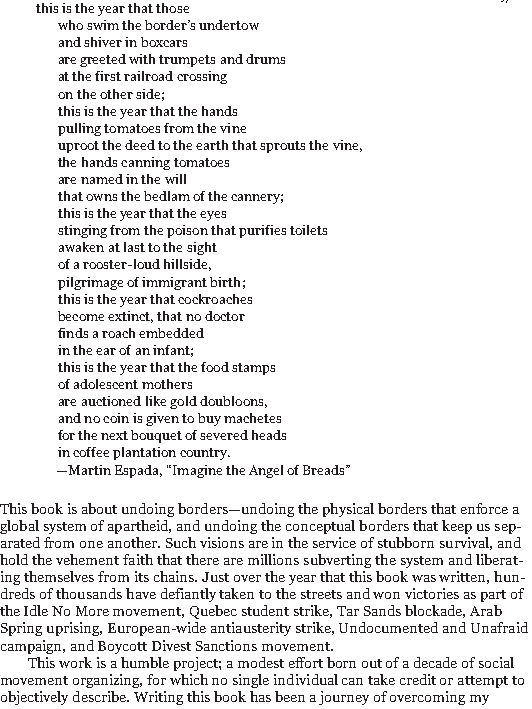
9/186
 this is the year that those
 who swim the border’s undertow
 and shiver in boxcars
 are greeted with trumpets and drums
 at the first railroad crossing
 on the other side;
 this is the year that the hands
 pulling tomatoes from the vine
 uproot the deed to the earth that sprouts the vine,
 the hands canning tomatoes
 are named in the will
 that owns the bedlam of the cannery;
 this is the year that the eyes
 stinging from the poison that purifies toilets
 awaken at last to the sight
 of a rooster-loud hillside,
 pilgrimage of immigrant birth;
 this is the year that cockroaches
 become extinct, that no doctor
 finds a roach embedded
 in the ear of an infant;
 this is the year that the food stamps
 of adolescent mothers
 are auctioned like gold doubloons,
 and no coin is given to buy machetes
 for the next bouquet of severed heads
 in coffee plantation country.
 —Martin Espada, “Imagine the Angel of Breads”
 This book is about undoing borders—undoing the physical borders that enforce a
 global system of apartheid, and undoing the conceptual borders that keep us sep-
 arated from one another. Such visions are in the service of stubborn survival, and
 hold the vehement faith that there are millions subverting the system and liberat-
 ing themselves from its chains. Just over the year that this book was written, hun-
 dreds of thousands have defiantly taken to the streets and won victories as part of
 the Idle No More movement, Quebec student strike, Tar Sands blockade, Arab
 Spring uprising, European-wide antiausterity strike, Undocumented and Unafraid
 campaign, and Boycott Divest Sanctions movement.
 This work is a humble project; a modest effort born out of a decade of social
 movement organizing, for which no single individual can take credit or attempt to
 objectively describe. Writing this book has been a journey of overcoming my